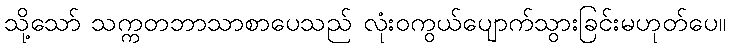
သို့သော် သက္ကတဘာသာစာပေသည် လုံးဝကွယ်ပျောက်သွားခြင်းမဟုတ်ပေ။